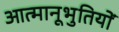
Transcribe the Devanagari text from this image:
आत्मानूभुतियों